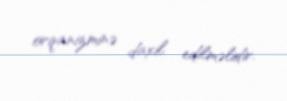
orqanizminə daxil edilməlidir.